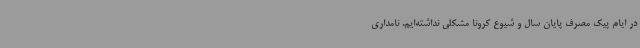
در ایام پیک مصرف پایان سال و شیوع کرونا مشکلی نداشته‌ایم. نامداری